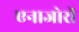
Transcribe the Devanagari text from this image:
एनाजोरी